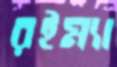
রইম্যা